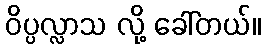
ဝိပ္ပလ္လာသ လို့ ခေါ်တယ်။